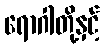
ရောဂါတို့နှင့်